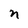
Character: n